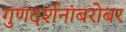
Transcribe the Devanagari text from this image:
गुणदर्शनांबरोबर